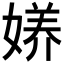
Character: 𱙟